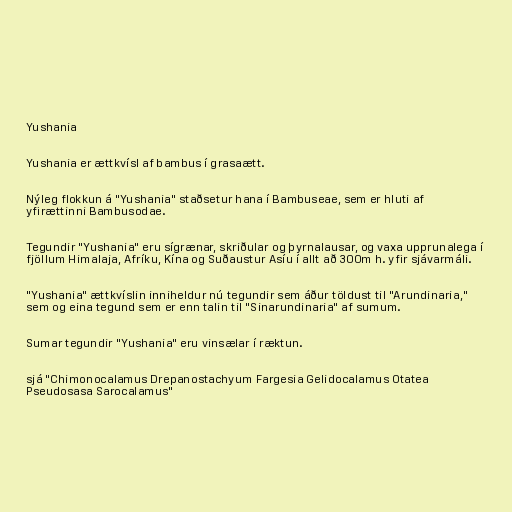
Yushania

Yushania er ættkvísl af bambus í grasaætt.

Nýleg flokkun á "Yushania" staðsetur hana í Bambuseae, sem er hluti af
yfirættinni Bambusodae.

Tegundir "Yushania" eru sígrænar, skriðular og þyrnalausar, og vaxa upprunalega í
fjöllum Himalaja, Afríku, Kína og Suðaustur Asíu í allt að 300m h. yfir sjávarmáli.

"Yushania" ættkvíslin inniheldur nú tegundir sem áður töldust til "Arundinaria,"
sem og eina tegund sem er enn talin til "Sinarundinaria" af sumum.

Sumar tegundir "Yushania" eru vinsælar í ræktun.

sjá "Chimonocalamus Drepanostachyum Fargesia Gelidocalamus Otatea
Pseudosasa Sarocalamus"